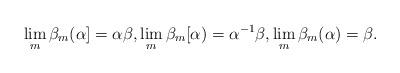
LaTeX: \begin{align*} \lim_m\beta_{m}(\alpha]=\alpha\beta,\lim_m\beta_{m}[\alpha)=\alpha^{-1}\beta,\lim_m\beta_{m}(\alpha)=\beta.\end{align*}